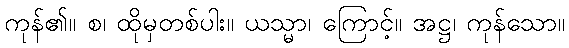
ကုန်၏။ စ၊ ထိုမှတစ်ပါး။ ယသ္မာ၊ ကြောင့်။ အဋ္ဌ၊ ကုန်သော။